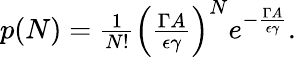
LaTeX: \begin{array}{r}{p(N)=\frac{1}{N!}\left(\frac{\Gamma A}{\epsilon\gamma}\right)^{N}e^{-\frac{\Gamma A}{\epsilon\gamma}}.}\end{array}